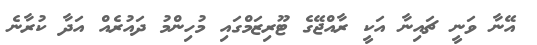
އޭނާ ވަނީ ޗައިނާ އަކީ ރާއްޖޭގެ ޓޫރިޒަމްގައި މުހިންމު ދައުރެއް އަދާ ކުރާނެ